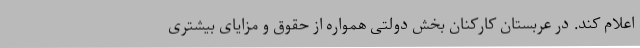
اعلام کند. در عربستان کارکنان بخش دولتی همواره از حقوق و مزایای بیشتری